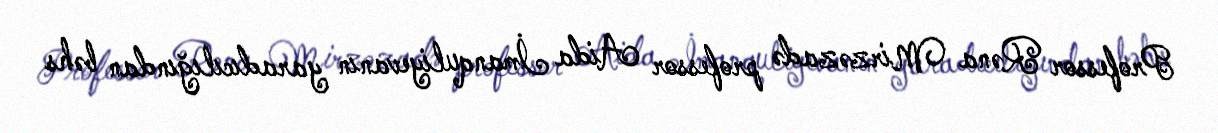
Professor Rəna Mirzəzadə professor Aida İmanquliyevanın yaradıcılığından bəhs